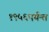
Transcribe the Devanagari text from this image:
१९५६पर्यन्त